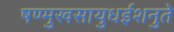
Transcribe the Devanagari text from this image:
षण्मुखसायुधईशनुते